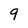
Character: 9